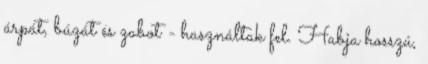
árpát, búzát és zabot - használtak fel. Habja hosszú,